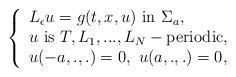
LaTeX: \begin{align*} \left\{ \begin{array}{l}L_{\epsilon}u=g(t,x,u) \ \hbox{in} \ \Sigma_{a},\\u \ \hbox{is} \ T,L_{1},...,L_{N}- \hbox{periodic},\\u(-a,.,.)=0, \ u(a,.,.)=0, \\\end{array} \right. \end{align*}